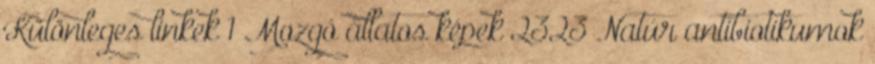
Különleges linkek 1 Mozgó állatos képek 2323 Natúr antibiotikumok